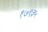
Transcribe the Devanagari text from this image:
१७९३५